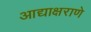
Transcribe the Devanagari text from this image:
आद्याक्षराणे